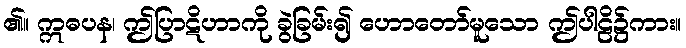
၏။ ဣဓပန၊ ဤပြာဋိဟာကို ခွဲခြမ်း၍ ဟောတော်မူသော ဤပါဠိ၌ကား။